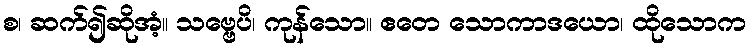
စ၊ ဆက်၍ဆိုအံ့။ သဗ္ဗေပိ၊ ကုန်သော။ ဧတေ သောကာဒယော၊ ထိုသောက